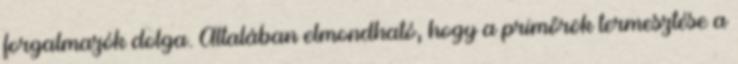
forgalmazók dolga. Általában elmondható, hogy a primőrök termesztése a